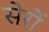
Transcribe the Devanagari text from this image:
सेरों